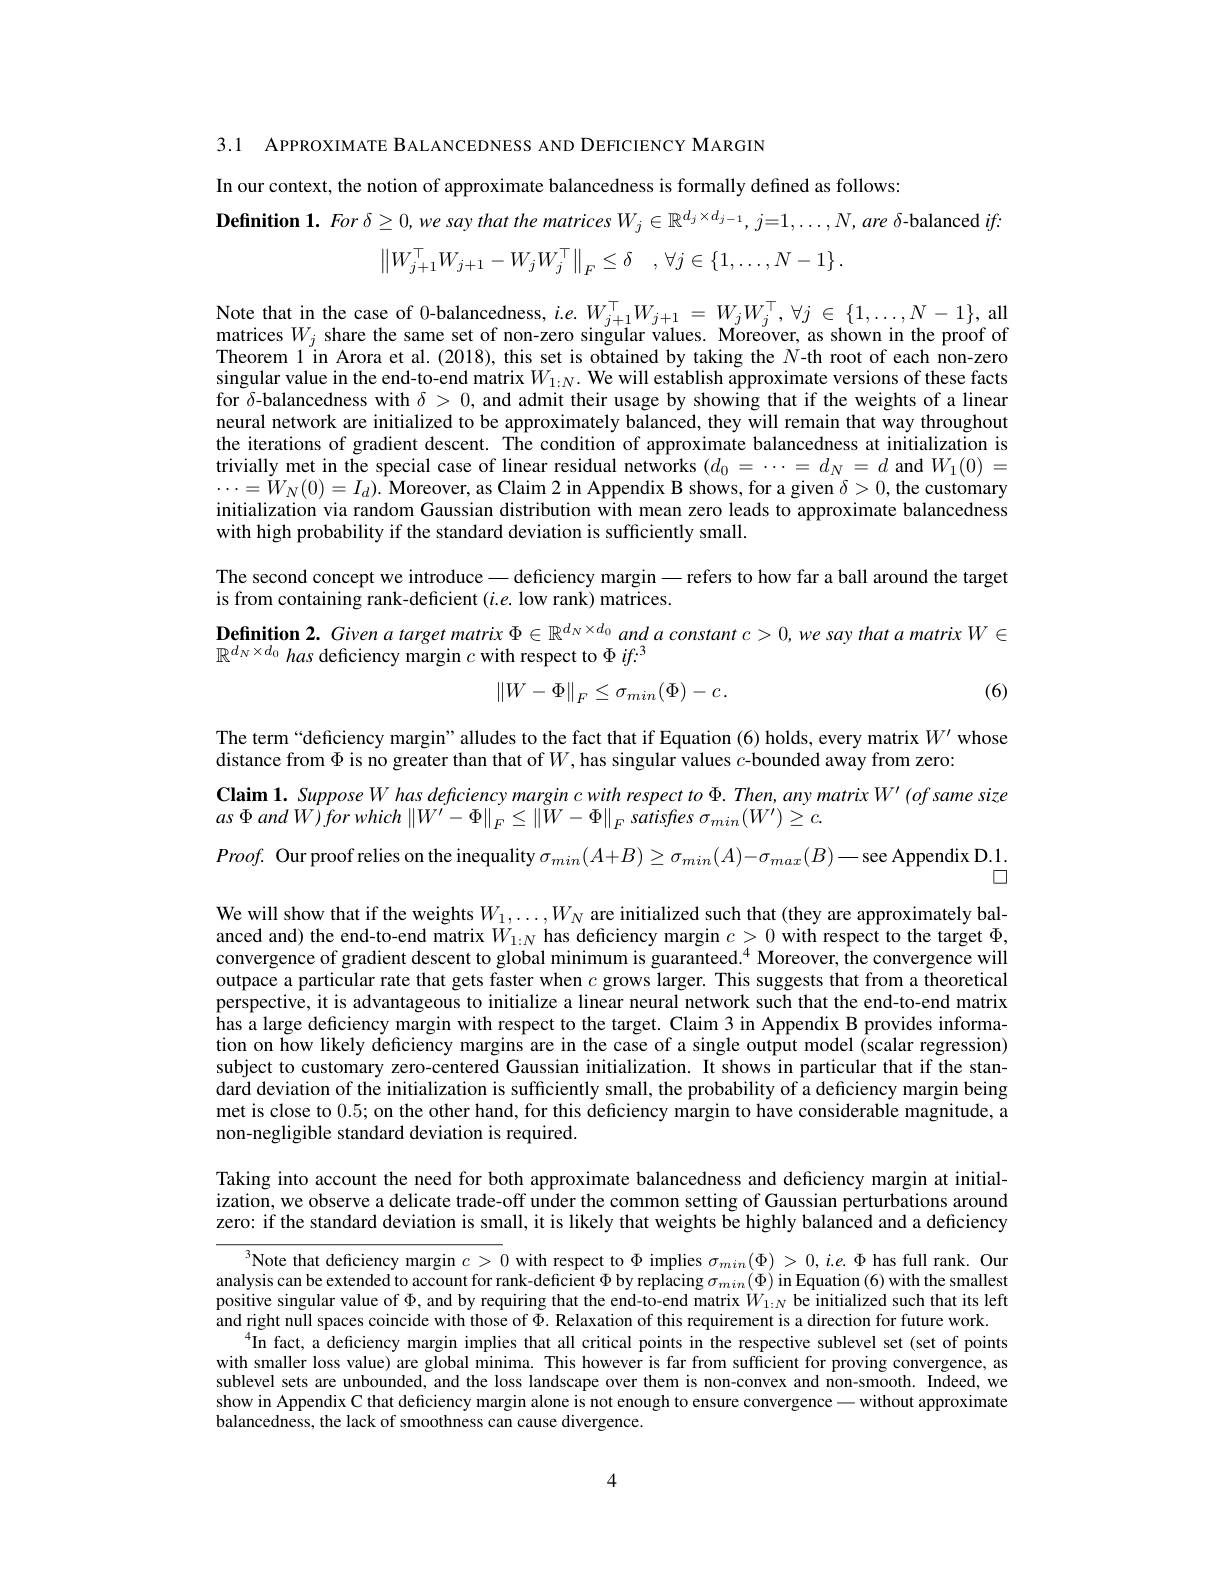
3.1 APPROXIMATE BALANCEDNESS AND DEFICIENCY MARGIN

In our context, the notion of approximate balancedness is formally defined as follows:
$\textbf{Definition 1. }For\delta \geq 0, we$ say that the matrices $W_j\in \mathbb{R} ^{d_j\times d_{j- 1}}, j= 1, \ldots , N, are$ $\delta$-balanced $if:$
$$\left\|W_{j+1}^\top W_{j+1}-W_jW_j^\top\right\|_F\leq\delta\quad,\forall j\in\left\{1,\dots,N-1\right\}.$$
Note that in the case of 0-balancedness, $i.e.W_{j+1}^{\top}W_{j+1}=W_{j}W_{j}^{\top},\forall j\in\{1,\ldots,N-1\}$,all matrices $W_{j}$ share the same set of non-zero singular values. Moreover, as shown in the proof of Theorem 1 in Arora et al.(2018), this set is obtained by taking the $N$-th root of each non-zero singular value in the end-to-end matrix $W_{1:N}.$ We will establish approximate versions of these facts for $\delta$-balancedness with $\delta>0$, and admit their usage by showing that if the weights of a linear neural network are initialized to be approximately balanced, they will remain that way throughout the iterations of gradient descent. The condition of approximate balancedness at initialization is trivially met in the special case of linear residual networks $(d_0=\cdots=d_N=d$ and $W_1(0)=$ $\cdots = W_N( 0) = I_d) . \textbf{ Moreover, as Claim 2 in Appendix B shows, for a given }\delta > 0$, the customary initialization via random Gaussian distribution with mean zero leads to approximate balancedness with high probability if the standard deviation is sufficiently small.
The second concept we introduce - deficiency margin — refers to how far a ball around the target

is from containing rank-deficient (i.e. low rank) matrices.

$\textbf{Definition 2. Given a target matrix }\Phi \in \mathbb{R} ^{d_N\times d_0}andaconstantc> 0, wesaythatamatrixW\in$

$\mathbb{R}^{d_N\times d_0}$ has deficiency margin $c$ with respect to $\Phi if\vdots^3$

(6)
$$\left\|W-\Phi\right\|_{F}\leq\sigma_{min}(\Phi)-c.$$
The term “deficiency margin” alludes to the fact that if Equation (6) holds, every matrix $W^{\prime}$ whose
distance from $\Phi$ is no greater than that of $W$,has singular values $c$-bounded away from zero:
$\textbf{Claim 1. Suppose W has deficiency margin c with respect to }\Phi . Then, anymatrixW^{\prime }\left ( of\text{ same size}\right )$
$as$ $\Phi$ and $W) for$ which $\left \| W^{\prime }- \Phi \right \| _{F}\leq \left \| \bar{W} - \Phi \right \| _{F}$ satisftes $\sigma _{min}( W^{\prime }) \geq c.$
$Proof.$ Our proof relies on the inequality $\sigma_min(A+B)\geq\sigma_{min}(A)-\sigma_{max}(B)$—see Appendix D.1.

$\square$

We will show that if the weights $W_1,\ldots,W_N$ are initialized such that (they are approximately balanced and) the end-to-end matrix $W_{1:N}$ has deficiency margin $c>0$ with respect to the target $\Phi$, convergence of gradient descent to global minimum is guaranteed.$^{4}$ Moreover, the convergence will outpace a particular rate that gets faster when $c$ grows larger. This suggests that from a theoretical perspective, it is advantageous to initialize a linear neural network such that the end-to-end matrix has a large deficiency margin with respect to the target. Claim 3 in Appendix B provides information on how likely deficiency margins are in the case of a single output model (scalar regression) subject to customary zero-centered Gaussian initialization. It shows in particular that if the standard deviation of the initialization is sufficiently small, the probability of a deficiency margin being met is close to 0.5; on the other hand, for this deficiency margin to have considerable magnitude, a non-negligible standard deviation is required.

Taking into account the need for both approximate balancedness and deficiency margin at initialization, we observe a delicate trade-off under the common setting of Gaussian perturbations around zero: if the standard deviation is small, it is likely that weights be highly balanced and a deficiency

$^3$Note that deficiency margin $c>0$ with respect to $\Phi$ implies $\sigma_min(\Phi)>0,ie.\Phi$ has full rank. Our analysis can be extended to account for rank-deficient $\Phi$ by replacing $\sigma_min(\Phi)$ in Equation (6) with the smallest positive singular value of $\Phi$, and by requiring that the end-to-end matrix $\bar{W}_{1:N}^{\prime}$ be initialized such that its left and right null spaces coincide with those of $\Phi.$ Relaxation of this requirement is a direction for future work.
$^{4}$In fact, a deficiency margin implies that all critical points in the respective sublevel set (set of points bomallar locco uoluo) om alobol minimo Thio bourar io for for from ouffoiont for for or ordive for or ordints with smaller loss value) are global minima. This however is far from sufficient for proving convergence, as sublevel sets are unbounded, and the loss landscape over them is non-convex and non-smooth. Indeed, we show in Appendix C that deficiency margin alone is not enough to ensure convergence - without approximate balancedness, the lack of smoothness can cause divergence.

4